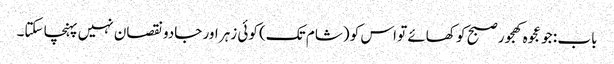
باب : جو عجوہ کھجور صبح کو کھائے تو اس کو (شام تک) کوئی زہر اور جادو نقصان نہیں پہنچا سکتا۔